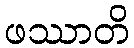
ဖဿာတိ